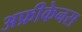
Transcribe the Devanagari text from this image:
अफ्रीकेनस